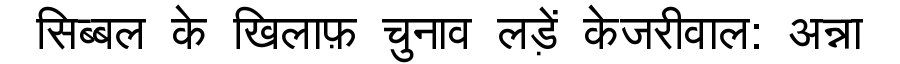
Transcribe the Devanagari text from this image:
सिब्बल के खिलाफ़ चुनाव लड़ें केजरीवाल: अन्ना